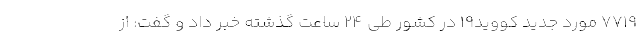
۷۷۱۹ مورد جدید کووید۱۹ در کشور طی ۲۴ ساعت گذشته خبر داد و گفت: از